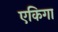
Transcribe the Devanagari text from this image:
एकिगा